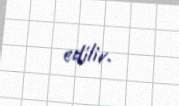
edilir.